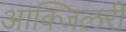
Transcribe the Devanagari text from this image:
आक्जिलरी